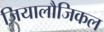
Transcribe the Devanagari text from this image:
जियालौजिकल